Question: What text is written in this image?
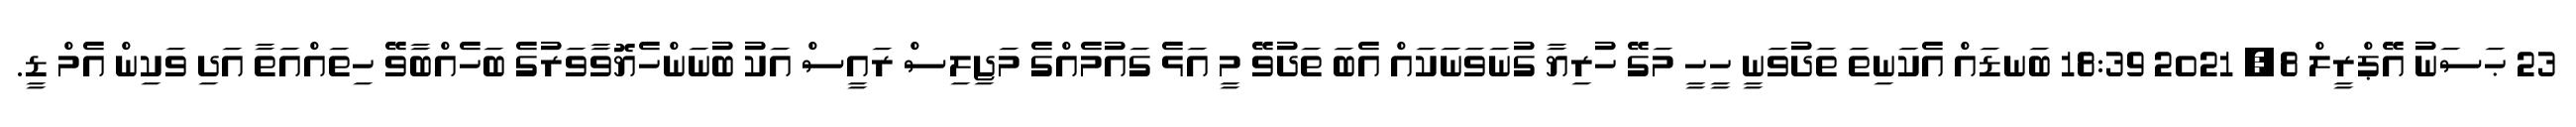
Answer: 23 ޙަސަނު އޭޕްރީލް 8, 2021 18:39 ބަނޑައް އެކަނިތަ ތަދުވަނީ ހީހީ މަގޭ ހުރިޔާ ގުނަވަނަކައް އެބަ ތަދުވޭ މީ އަޅެ ގައުމެއްގެ މަޖިލިސް ރައީސް އަކު ބުނަންހެޔޮވާވަރުގެ ބަހެއްބާވޭ ހިތައްއަތާ އަދި ވަކިން އެމް ޑީ.